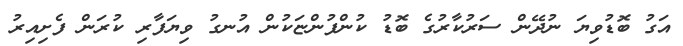
އަގު ބޮޑުވިޔަ ނުދޭން ސަރުކާރުގެ ބޮޑު ކުންފުންޏަކުން އުނގު ވިޔަފާރި ކުރަން ފެށިއިރު